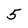
Character: 5